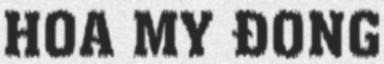
HÒA MỸ ĐÔNG